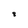
Character: 8